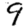
Digit: 9